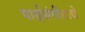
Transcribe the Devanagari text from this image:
पार्श्वसंगीताचे